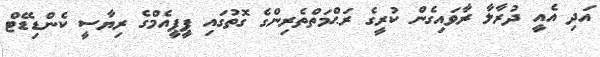
އަދި އެއީ ދުރާލާ ރާވައިގެން ކުރީގެ ރަޙްމަތްތެރިންގެ ގޮތުގައި ޕީޕީއެމްގެ ރިޔާސީ ކެންޑިޑޭޓް